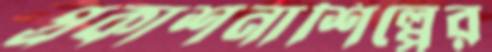
প্রকাশনাশিল্পের